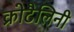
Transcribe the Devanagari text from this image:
क्रोटैलिनी